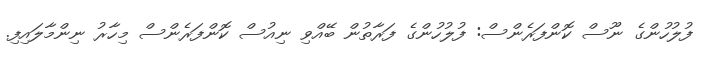
ފުލުހުންގެ ނޫސް ކޮންފަރެންސް: ފުލުހުންގެ ފަރާތުން ބޭއްވި ނިއުސް ކޮންފަރެންސް މިހާރު ނިންމާލައިފި.